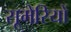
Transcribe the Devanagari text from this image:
सूमेरियों